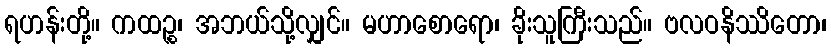
ရဟန်းတို့။ ကထဉ္စ၊ အဘယ်သို့လျှင်။ မဟာစောရော၊ ခိုးသူကြီးသည်။ ဗလဝနိဿိတော၊